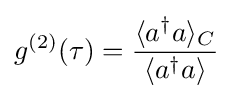
g^{(2)}(\tau )={{\langle a^{\dagger }a\rangle _{C}} \over {\langle a^{\dagger }a\rangle }}